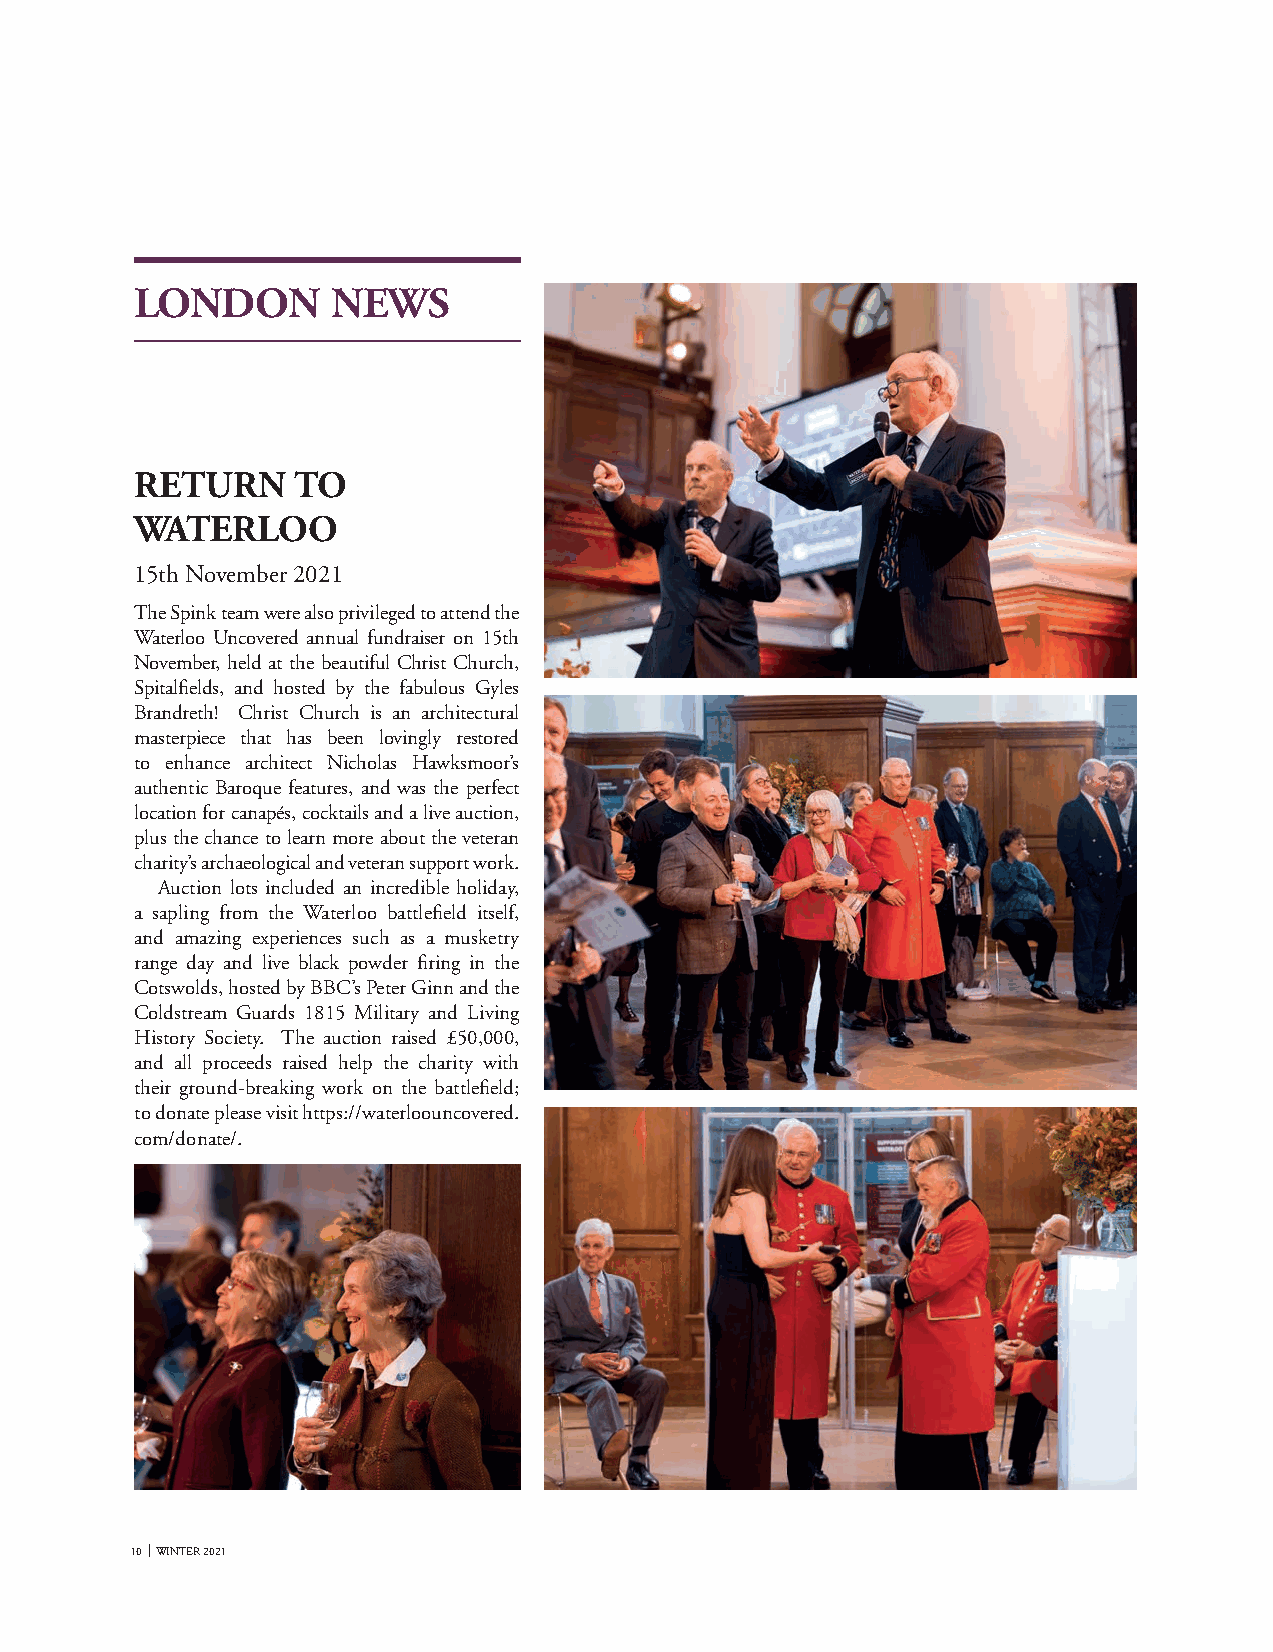
LONDON       NEWS
 RETURN    TO
 WATERLOO
 15th November 2021
 The Spink team were also privileged to attend the
 Waterloo Uncovered annual fundraiser on 15th
 November, held at the beautiful Christ Church,
 Spitalfields, and hosted by the fabulous Gyles
 Brandreth! Christ Church is an architectural
 masterpiece that has been lovingly restored
 to enhance architect Nicholas Hawksmoor’s
 authentic Baroque features, and was the perfect
 location for canapés, cocktails and a live auction,
 plus the chance to learn more about the veteran
 charity’s archaeological and veteran support work.
 Auction lots included an incredible holiday,
 a sapling from the Waterloo battlefield itself,
 and amazing experiences such as a musketry
 range day and live black powder firing in the
 Cotswolds, hosted by BBC’s Peter Ginn and the
 Coldstream Guards 1815 Military and Living
 History Society. The auction raised £50,000,
 and all proceeds raised help the charity with
 their ground-breaking work on the battlefield;
 to donate please visit https://waterloouncovered.
 com/donate/.
 10 WINTER 2021